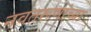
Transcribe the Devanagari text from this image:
नवतरूणांच्या